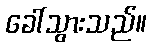
ခေါ်သွားသည်။